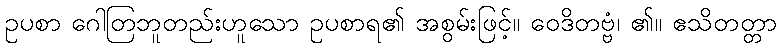
ဥပစာ ဂေါတြဘူတည်းဟူသော ဥပစာရ၏ အစွမ်းဖြင့်။ ဝေဒိတဗ္ဗံ၊ ၏။ ဧသိတတ္တာ